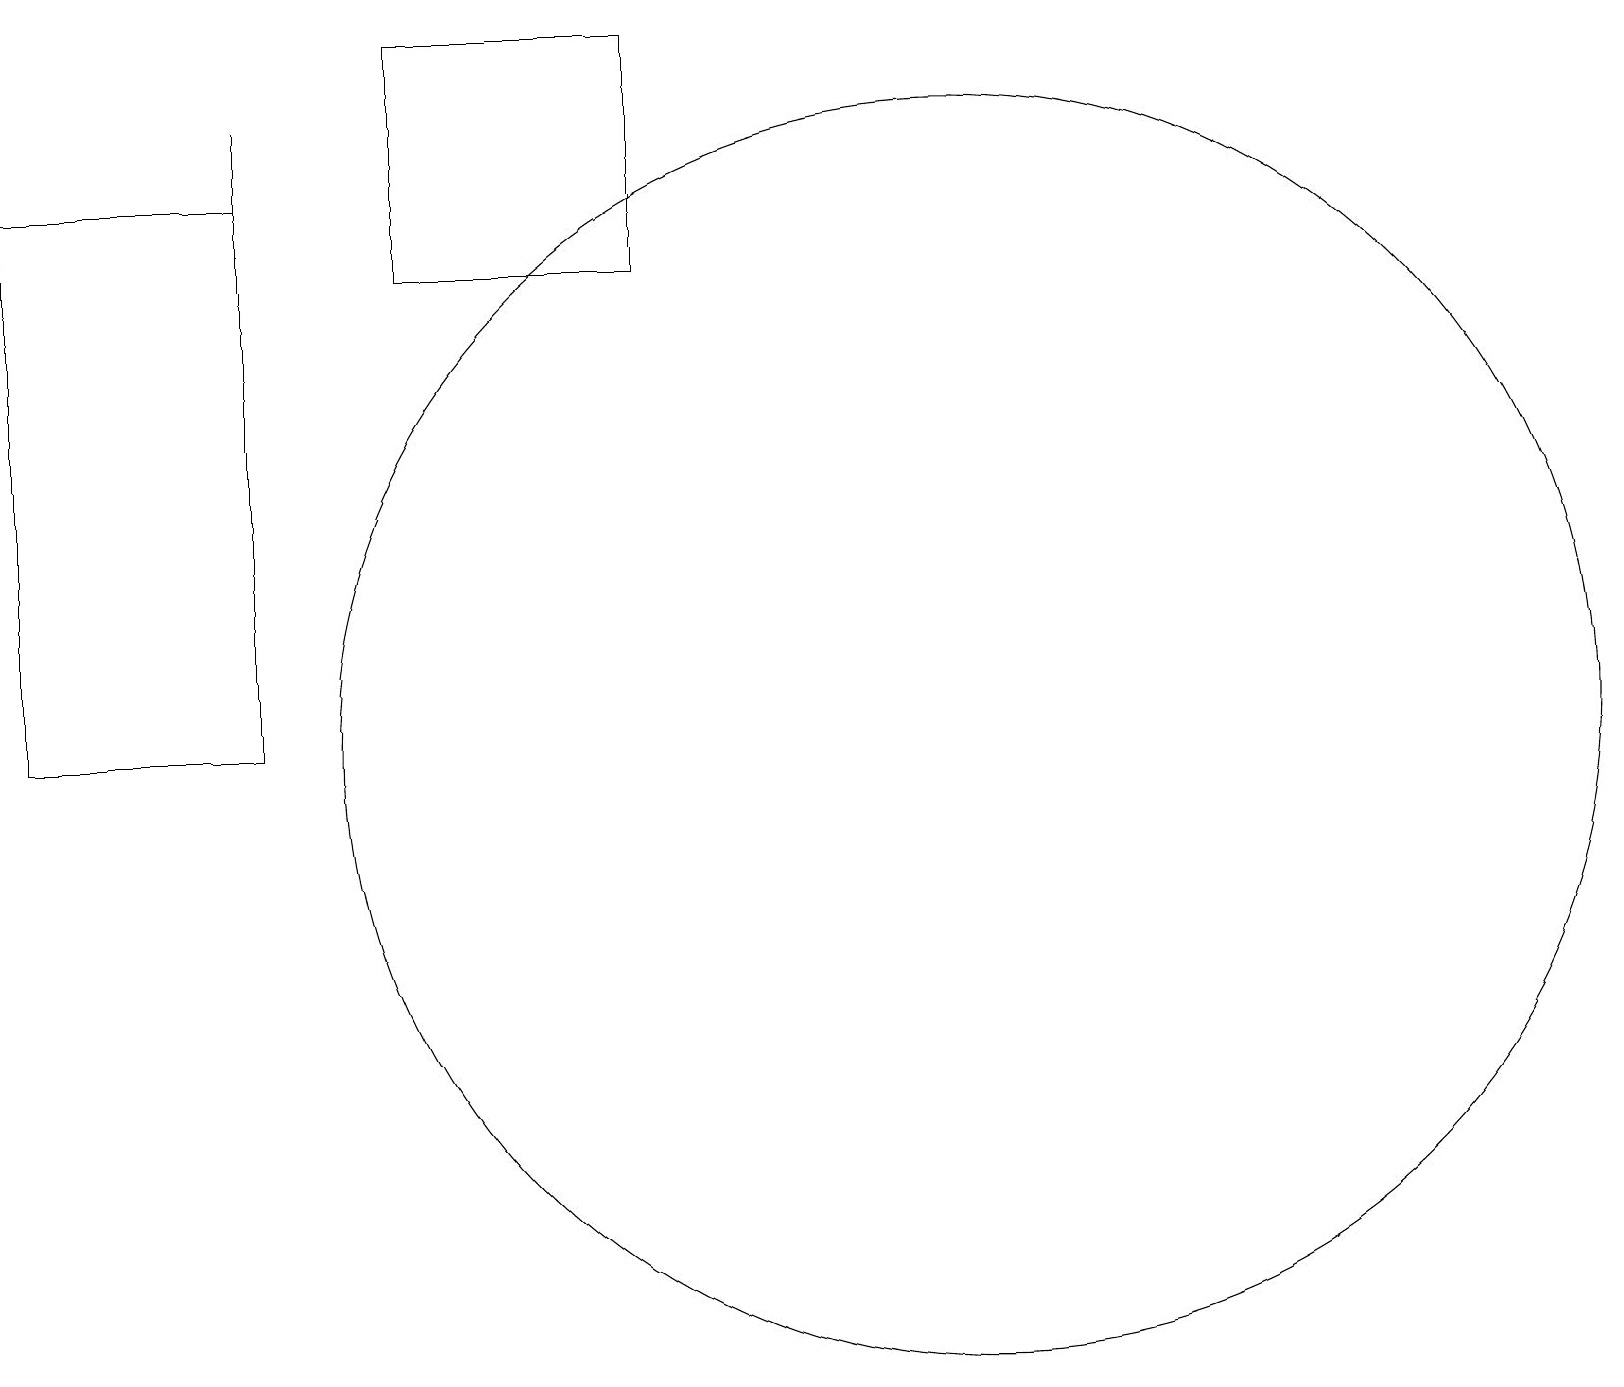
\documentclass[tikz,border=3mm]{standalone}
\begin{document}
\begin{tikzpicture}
\draw (3,18) rectangle (3,17);
\draw (8,19) rectangle (5,16);
\draw (12,10) circle (8);
\draw (0,17) rectangle (3,10);
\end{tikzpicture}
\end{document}